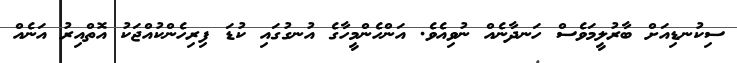
ސިކުނޑިއަށް ބާރުލީމަވެސް ހަނދާނެއް ނުވިއެވެ. އަންހެންމީހާގެ އުނގުގައި ކުޑަ ފިރިހެންކުއްޖަކު އޮތްއިރު އަނެއް